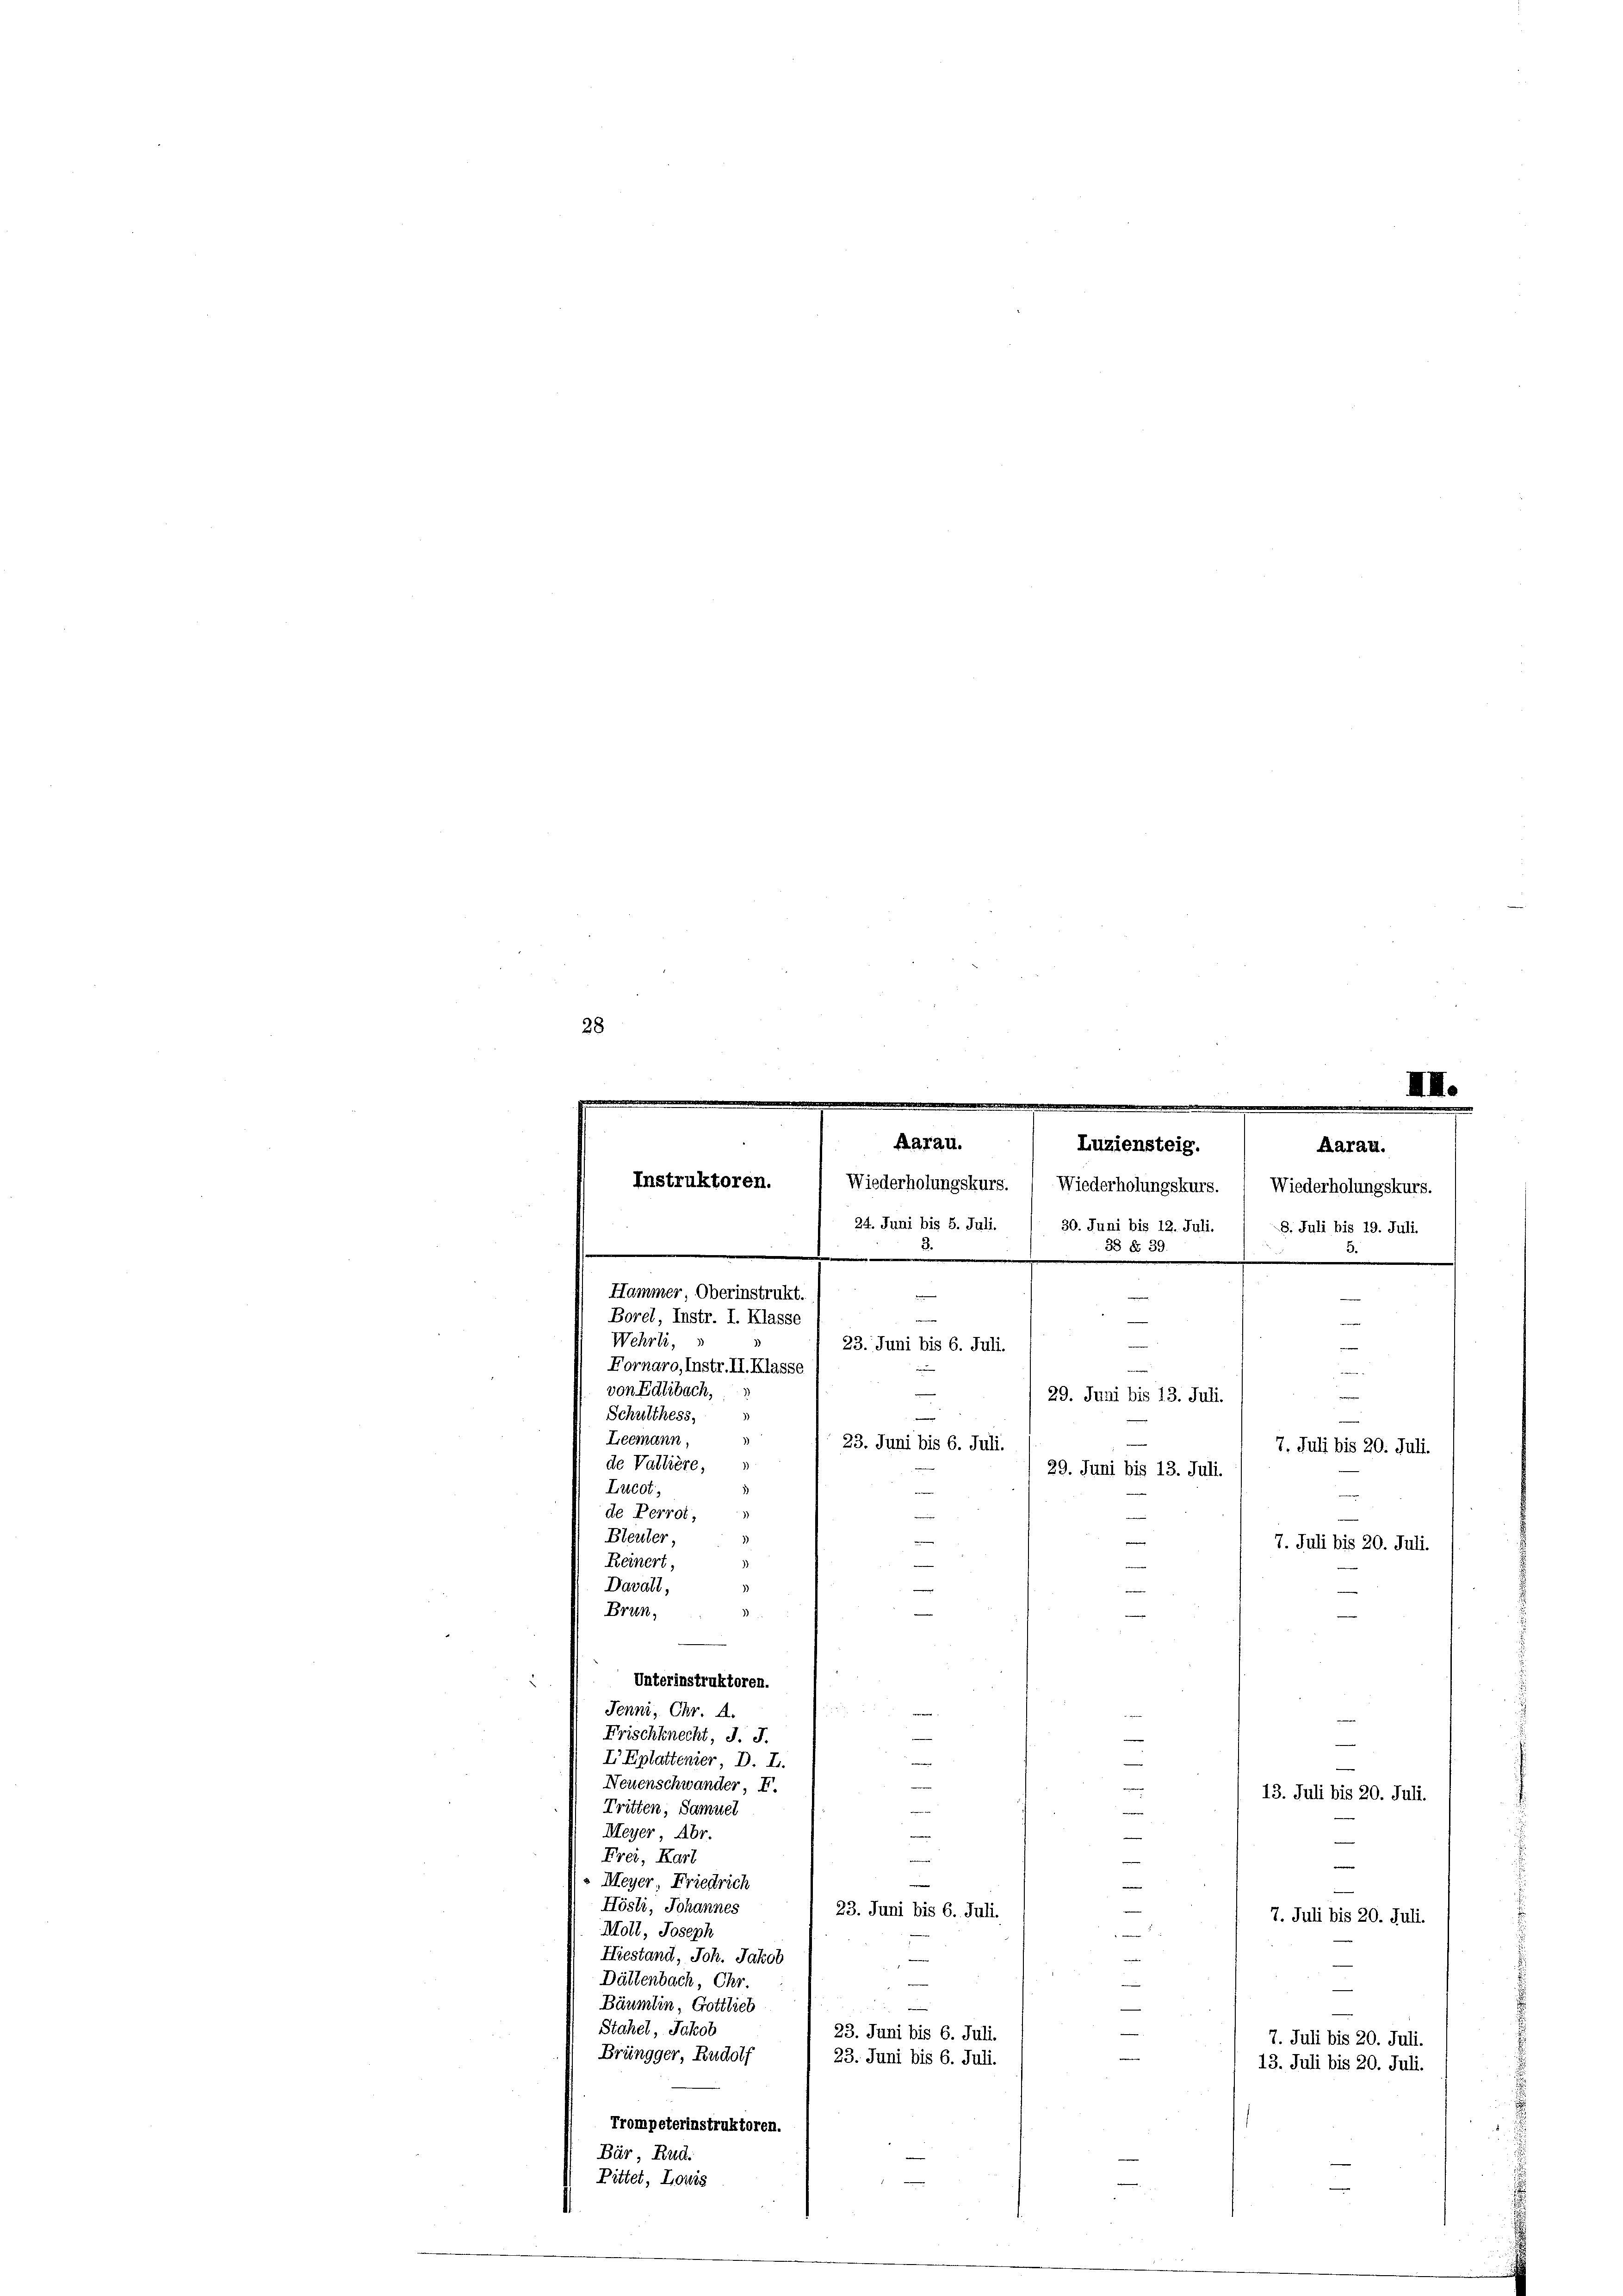
28
e
III.
.

1
de Perrot,
3
Bleuter,
Reinert,
Davall,
Brun,
Unterinstruktoren.
Jenni, Chr. A.
iche
Frischknecht, J. J.
e
e
I Eplattenier, D. L.
Neuenschwander, F.
13. Juli bis 20. Juli.
Tritten, Samuel
Meyer, Abr.
Frei, Karl
¬
» Meyer Friedrich
e
Hösli, Johannes
—
23. Juni bis 6. Juli.
7. Juli bis 20. Juli.
Moll, Joseph

Hiestand, Joh. Jakob
—
Dättenbach, Chr.
e
Bäumlin, Gottlieb
Stahel, Jakob
23. Juni bis 6. Juli.
7. Juli bis 20. Juli.
Brüngger, Rudolf
23. Juni bis 6. Juli.
13. Juli bis 20. Juli.
Trompeterinstruktoren.
Bär, Rud.
Bittet, Lowis

.
Aarau.
Luziensteig.
Aarau.
Instruktoren.
Wiederholungskurs. ( Wiederholungskurs. ( Wiederholungskurs.
.
24. Juni bis 5. Juli
30. Juni bis 12. Juli
8. Juli bis 19. Juli.
.
38 § 33
d
.
Hammer, Oberinstrukt
Borel, Instr. I. Klasse
weiter
Wehrli,
e
23. Juni bis 6. Juli.
Fornaro, Instr. II. Klasse

von Edlibach,
e
29. Juni bis 13. Juli.
Schulthess,

1
Leemann,
23. Juni bis 6. Juli.
de Vallière,
1
29. Juni bis 13. Juli.
Lucot,

7. Juli bis 20. Juli.
7. Juli bis 20. Juli.